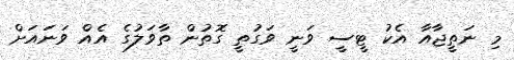
މި ނަތީޖާއާ އެކު ޓީސީ ވަނީ ވަގުތީ ގޮތުން ތާވަލުގެ އެއް ވަނައަށް